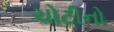
ચોટીનો